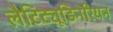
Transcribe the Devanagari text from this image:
लैटिट्यूडिनेरियन